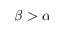
\beta > \alpha